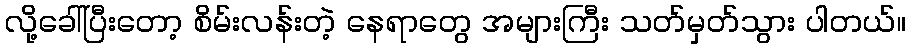
လို့ခေါ်ပြီးတော့ စိမ်းလန်းတဲ့ နေရာတွေ အများကြီး သတ်မှတ်သွား ပါတယ်။